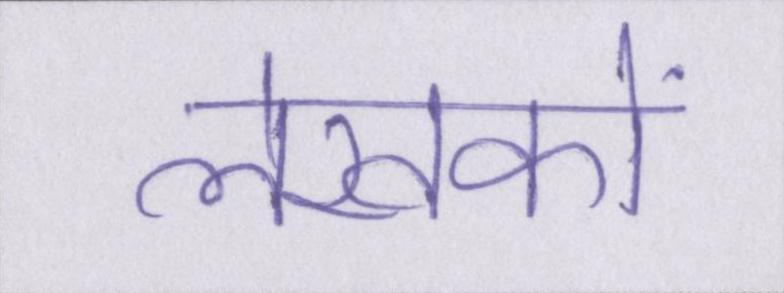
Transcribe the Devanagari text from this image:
लेखकों